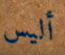
أليس